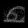
Digit: ၈